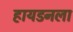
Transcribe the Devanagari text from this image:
हायडनला